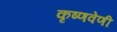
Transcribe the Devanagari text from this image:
कृष्णवेणी